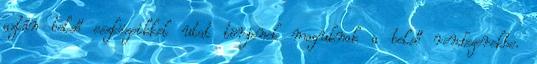
aztán belső eszközeikkel utat törjenek maguknak a belső rendszerekbe.